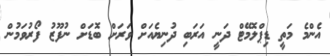
އެންމެ މަތީ ޑިޕްލޮމޭޓް ދަނީ އަރަބި ދުނިޔެއަށް ވަރަށް ބޮޑަށް ނުފޫޒު ފޯރުވަމުން